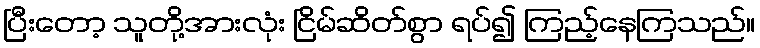
ပြီးတော့ သူတို့အားလုံး ငြိမ်ဆိတ်စွာ ရပ်၍ ကြည့်နေကြသည်။